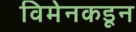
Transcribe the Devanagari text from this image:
विमेनकडून